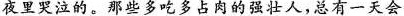
夜里哭泣的。那些多吃多占肉的强壮人，总有一天会